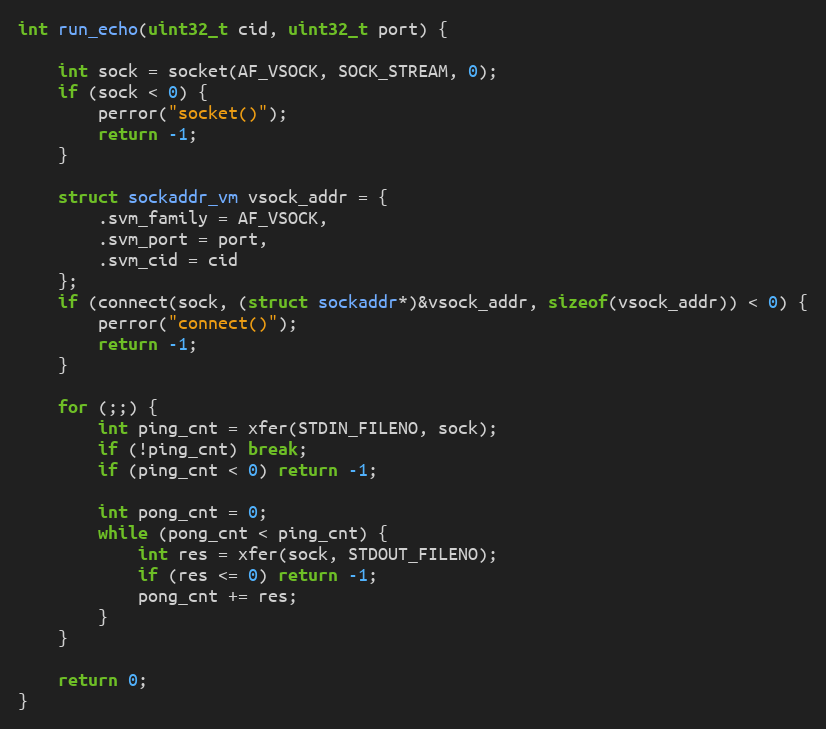
Language: C
int run_echo(uint32_t cid, uint32_t port) {

    int sock = socket(AF_VSOCK, SOCK_STREAM, 0);
    if (sock < 0) {
        perror("socket()");
        return -1;
    }

    struct sockaddr_vm vsock_addr = {
        .svm_family = AF_VSOCK,
        .svm_port = port,
        .svm_cid = cid
    };
    if (connect(sock, (struct sockaddr*)&vsock_addr, sizeof(vsock_addr)) < 0) {
        perror("connect()");
        return -1;
    }

    for (;;) {
        int ping_cnt = xfer(STDIN_FILENO, sock);
        if (!ping_cnt) break;
        if (ping_cnt < 0) return -1;

        int pong_cnt = 0;
        while (pong_cnt < ping_cnt) {
            int res = xfer(sock, STDOUT_FILENO);
            if (res <= 0) return -1;
            pong_cnt += res;
        }
    }

    return 0;
}